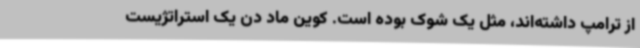
از ترامپ داشته‌اند، مثل یک شوک بوده است. کوین ماد دن یک استراتژیست